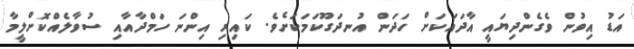
އަޑު އިވުން ވެގެންދިޔައީ އާދައަކަށް ހަދަން އުނދަގޫކަމަކަށެވެ. ކައިރި އިންނަ ހަމްދާއާއި ސުވާލެއްކޮށްލީމާ